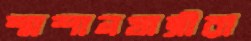
শ্মশানযাত্রীরা